Calcutta medical institutions reports 1879-81 [i.e.91]
Year: 1879
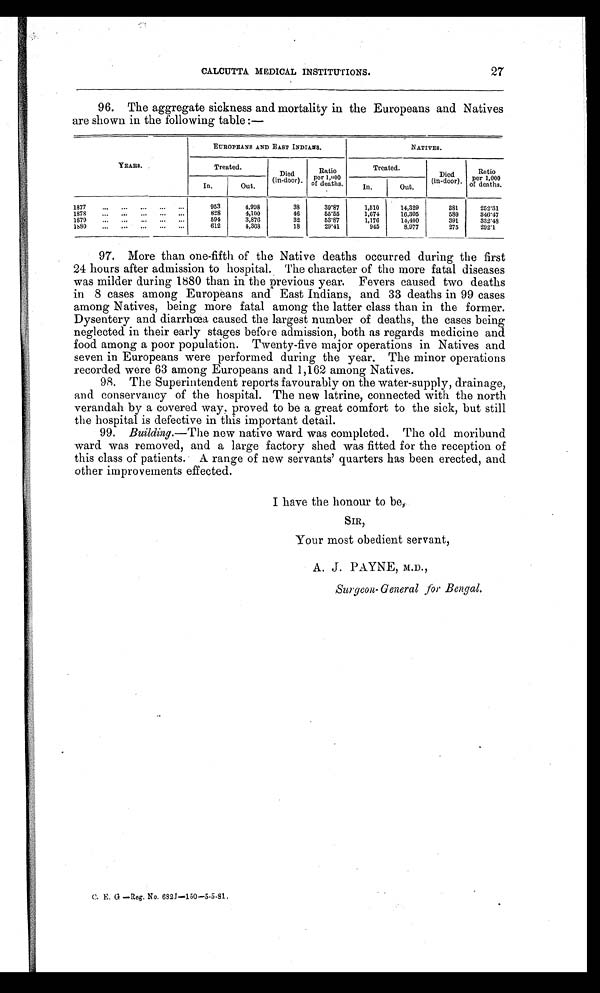
27
CALCUTTA MEDICAL INSTITUTIONS.
96. The aggregate sickness and mortality in the Europeans and Natives
are shown in the following table :—
YEARS.
EUROPEANS AND EAST INDIANS.
NATIVES.
Treated.
Died
(in-door).
Ratio
per 1,000
of deaths.
Treated.
Died
(in-door).
Ratio
per 1,000
of deaths.
In.
Out.
I n .
Out.
1 8 7 7 . . .
953
4,998
38
39.87
1,510
252.31
14,329
381
1878 . . .
828
4,100
46
55.55
1,674
16,305
580
346.47
1 8 7 9 . . .
594
3,876
32
53.87
1,176
14,400
391
332.48
1880 . . .
612
4,368
18
29.41
945
8,977
275
292.1
97. More than one-fifth of the Native deaths occurred during the first
24 hours after admission to hospital. The character of the more fatal diseases
was milder during 1880 than in the previous year. Fevers caused two deaths
in 8 cases among Europeans and East Indians, and 33 deaths in 99 cases
among Natives, being more fatal among the latter class than in the former.
Dysentery and diarrhœa caused the largest number of deaths, the cases being
neglected in their early stages before admission, both as regards medicine and
food among a poor population. Twenty-five major operations in Natives and
seven in Europeans were performed during the year. The minor operations
recorded were 63 among Europeans and 1,162 among Natives.
98. The Superintendent reports favourably on the water-supply, drainage,
and conservancy of the hospital. The new latrine, connected with the north
verandah by a covered way, proved to be a great comfort to the sick, but still
the hospital is defective in this important detail.
99. Building .—The new native ward was completed. The old moribund
ward was removed, and a large factory shed was fitted for the reception of
this class of patients. A range of new servants' quarters has been erected, and
other improvements effected.
I have the honour to be,
SIR,
Your most obedient servant,
A. J. PAYNE, M.D.,
Surgeon-General for Bengal.